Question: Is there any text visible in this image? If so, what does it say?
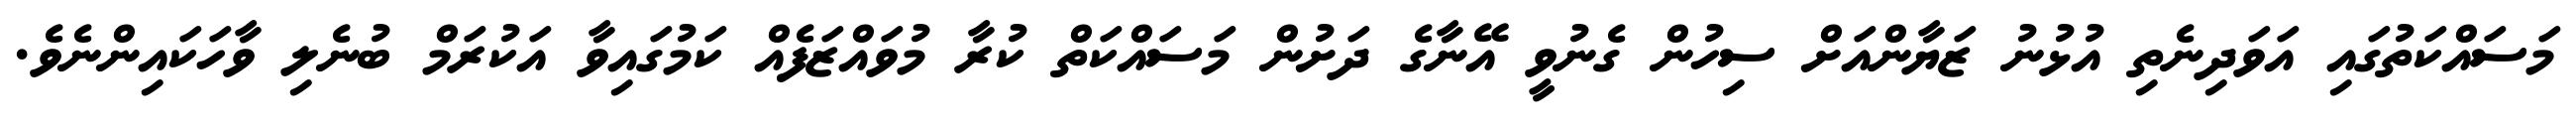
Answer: މަސައްކަތުގައި އަވަދިނެތި އުޅުނު ޒަޔާންއަށް ސިހުން ގެނުވީ އޭނާގެ ދަށުން މަސައްކަތް ކުރާ މުވައްޒަފެއް ކަމުގައިވާ އަކުރަމް ބުނެލި ވާހަކައިންނެވެ.